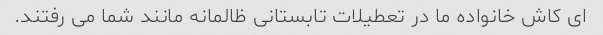
ای کاش خانواده ما در تعطیلات تابستانی ظالمانه مانند شما می رفتند.